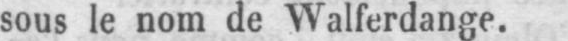
sous le nom de Walferdange.